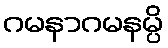
ဂမနာဂမနမ္ပိ